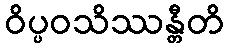
ဝိပ္ပဝသိဿန္တီတိ